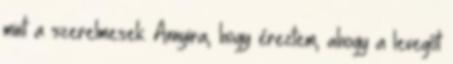
mint a szerelmesek. Annyira, hogy éreztem, ahogy a levegőt